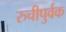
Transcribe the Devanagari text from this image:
रुचीपुर्वक